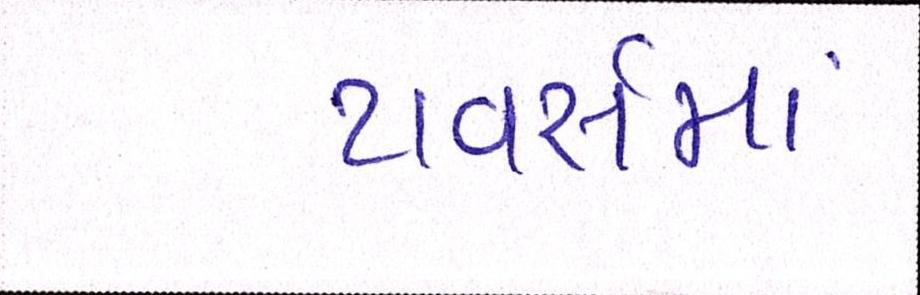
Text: ટાવર્સમાં